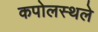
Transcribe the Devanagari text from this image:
कपोलस्थले